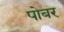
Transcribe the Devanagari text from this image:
पोबर